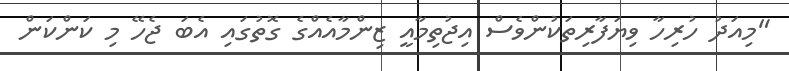
"މިއަދު ހުރިހާ ވިޔަފާރިތަކުންވެސް އިޖުތިމާއީ ޒިންމާއެއްގެ ގޮތުގައި އެބަ ޖެހޭ މި ކަންކަން